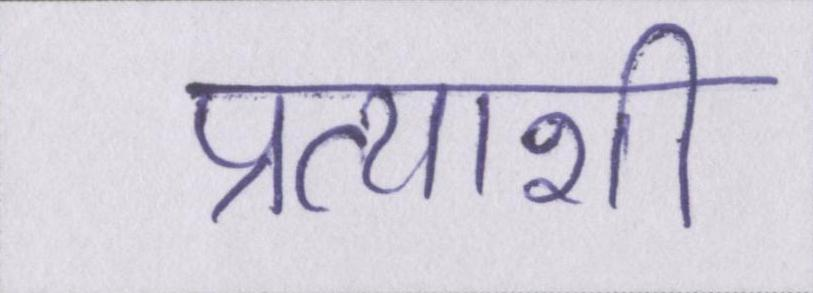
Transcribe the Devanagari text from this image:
प्रत्याशी